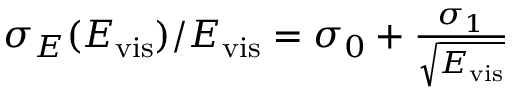
\begin{array} { r } { \sigma _ { E } ( E _ { \mathrm { v i s } } ) / E _ { \mathrm { v i s } } = \sigma _ { 0 } + \frac { \sigma _ { 1 } } { \sqrt { E _ { \mathrm { v i s } } } } } \end{array}